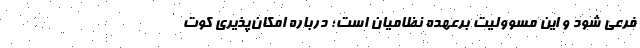
فرعی شود و این مسوولیت برعهده نظامیان است؛ درباره امکان‌پذیری کوت